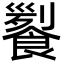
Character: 𩝖